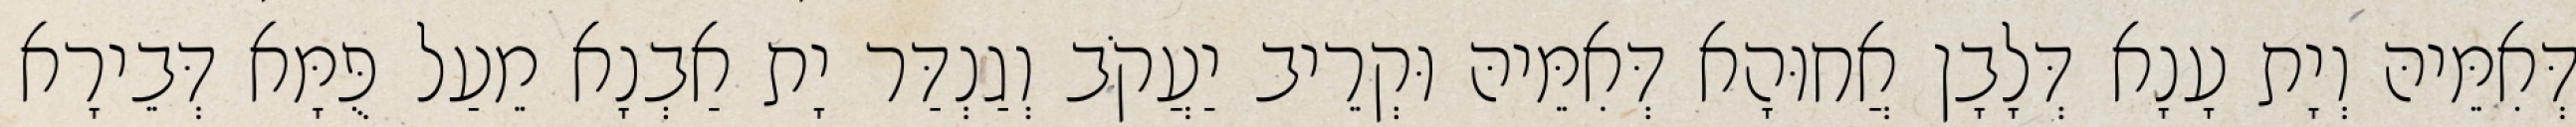
דְּאִמֵּיהּ וְיָת עָנָא דְּלָבָן אֲחוּהָא דְּאִמֵּיהּ וּקְרֵיב יַעֲקֹב וְגַנְדַּר יָת אַבְנָא מֵעַל פֻּמָּא דְּבֵירָא